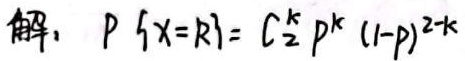
解：$P\{X = k\} = C_{2}^{k}p^{k}(1 - p)^{2 - k}$